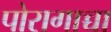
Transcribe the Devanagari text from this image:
पोरागाच्चा